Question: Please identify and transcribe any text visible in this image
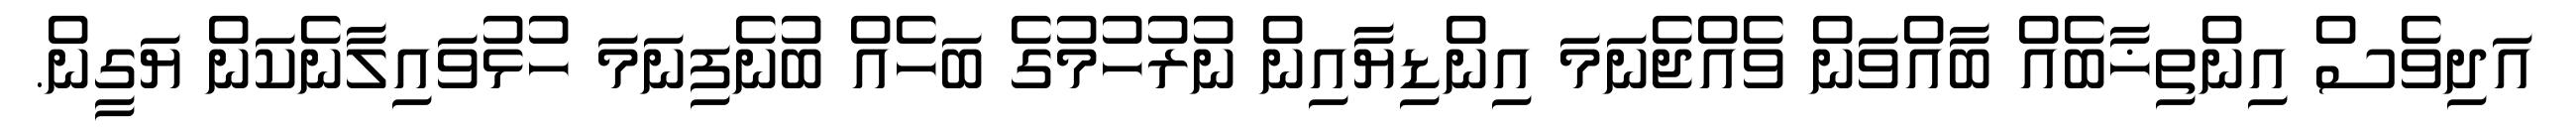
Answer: އަދިވެސް އިންތިޚާބެއް ބާއްވަން ވެއްޖެނަމަ އިންޑިޔާއިން ނުރުހުމުގެ ބަހެއް ބުނެފިނަމަ ހުޅުވައިލާނެކަން ޔަގީން.